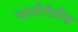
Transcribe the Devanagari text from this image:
चालीरीतीस